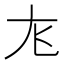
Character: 𫵎